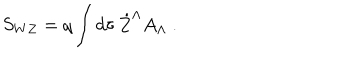
LaTeX: S _ { W Z } = q \int d \tau \, \dot { Z } ^ { \Lambda } A _ { \Lambda } \ .